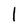
Character: l